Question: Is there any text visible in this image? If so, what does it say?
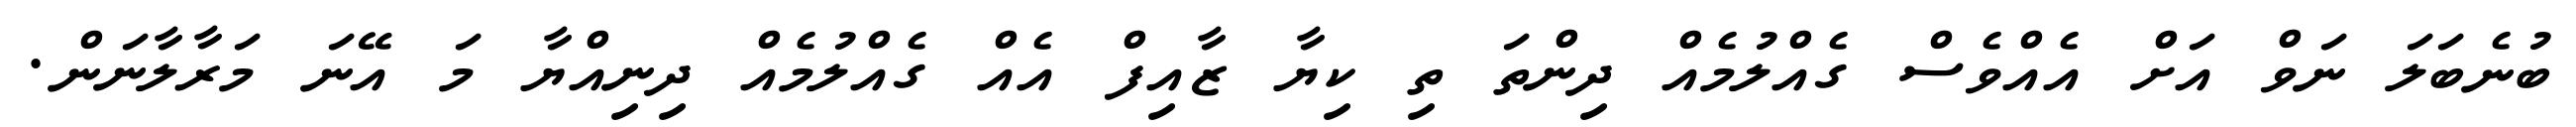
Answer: ބުނެބަލަ ނަވް އަށް އެއްވެސް ގެއްލުމެއް ދިންތަ ތި ކިޔާ ޒާއިފް އެއް ގެއްލުމެއް ދިނިއްޔާ މަ އޭނަ މަރާލާނަން.